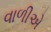
વાળીએ